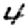
Digit: 4